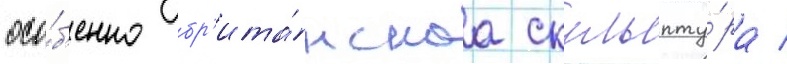
осо́б'енно бр'ита́нскаа скульпту́ра /